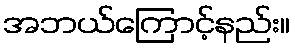
အဘယ်ကြောင့်နည်း။